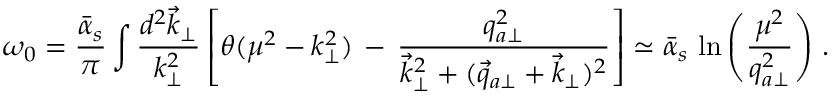
\omega _ { 0 } = { \frac { \bar { \alpha } _ { s } } { \pi } } \int { \frac { d ^ { 2 } \vec { k } _ { \perp } } { k _ { \perp } ^ { 2 } } } \left[ \theta ( \mu ^ { 2 } - k _ { \perp } ^ { 2 } ) \, - \, { \frac { q _ { a \perp } ^ { 2 } } { \vec { k } _ { \perp } ^ { 2 } + ( \vec { q } _ { a \perp } + \vec { k } _ { \perp } ) ^ { 2 } } } \right] \simeq { \bar { \alpha } _ { s } } \, \ln \left( { \frac { \mu ^ { 2 } } { q _ { a \perp } ^ { 2 } } } \right) \, .